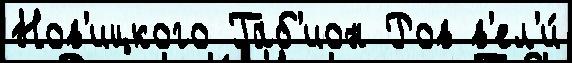
Нов'ицкого Габ'ион Ров в'ел'и́